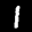
Label: 1